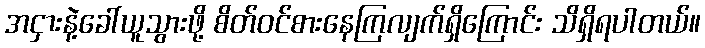
အငှားနဲ့ခေါ်ယူသွားဖို့ စိတ်ဝင်စားနေကြလျက်ရှိကြောင်း သိရှိရပါတယ်။